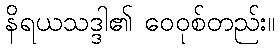
နိရယသဒ္ဒါ၏ ဝေဝုစ်တည်း။